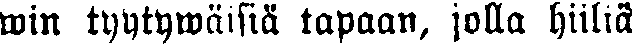
win tyytywäisiä tapaan, jolla hiiliä